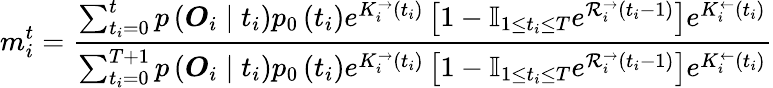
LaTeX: m_{i}^{t}=\frac{\sum_{t_{i}=0}^{t}p\left(\boldsymbol{O}_{i}\mid t_{i}\right)p_{0}\left(t_{i}\right)e^{K_{i}^{\rightarrow}\left(t_{i}\right)}\left[1-\mathbb{I}_{1\leq t_{i}\leq T}e^{\mathcal{R}_{i}^{\rightarrow}\left(t_{i}-1\right)}\right]e^{K_{i}^{\leftarrow}\left(t_{i}\right)}}{\sum_{t_{i}=0}^{T+1}p\left(\boldsymbol{O}_{i}\mid t_{i}\right)p_{0}\left(t_{i}\right)e^{K_{i}^{\rightarrow}\left(t_{i}\right)}\left[1-\mathbb{I}_{1\leq t_{i}\leq T}e^{\mathcal{R}_{i}^{\rightarrow}\left(t_{i}-1\right)}\right]e^{K_{i}^{\leftarrow}\left(t_{i}\right)}}